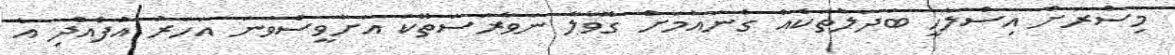
މިސްރަށް އިސްލާހީ ބަދަލުތަކެއް ގެނައުމަށް ގޮވާލާ ނަވާރަސަތޭކަ އަށާވީސްވަނަ އަހަރު އުފެއްދި އެ